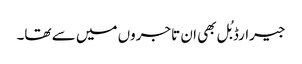
جیرارڈ بُل بھی ان تاجروں میں سے تھا۔